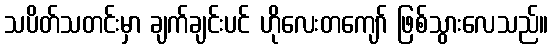
သပိတ်သတင်းမှာ ချက်ချင်းပင် ဟိုလေးတကျော် ဖြစ်သွားလေသည်။